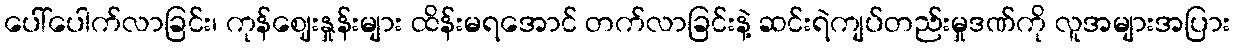
ပေါ်ပေါက်လာခြင်း၊ ကုန်ဈေးနှုန်းများ ထိန်းမရအောင် တက်လာခြင်းနဲ့ ဆင်းရဲကျပ်တည်းမှုဒဏ်ကို လူအများအပြား